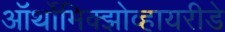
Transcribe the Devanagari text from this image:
ऑर्थोमिक्झोव्हायरीडे